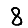
Digit: 8